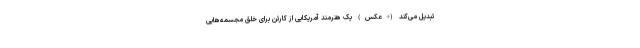
تبدیل می‌کند (+عکس) یک هنرمند آمریکایی از کارتن برای خلق مجسمه‌هایی